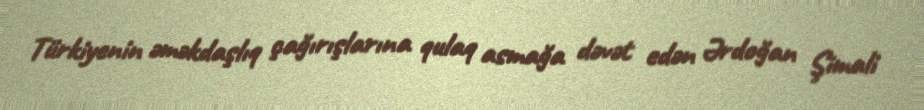
Türkiyenin əməkdaşlıq çağırışlarına qulaq asmağa dəvət edən Ərdoğan Şimali